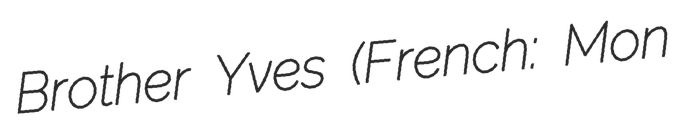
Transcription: Brother Yves (French: Mon